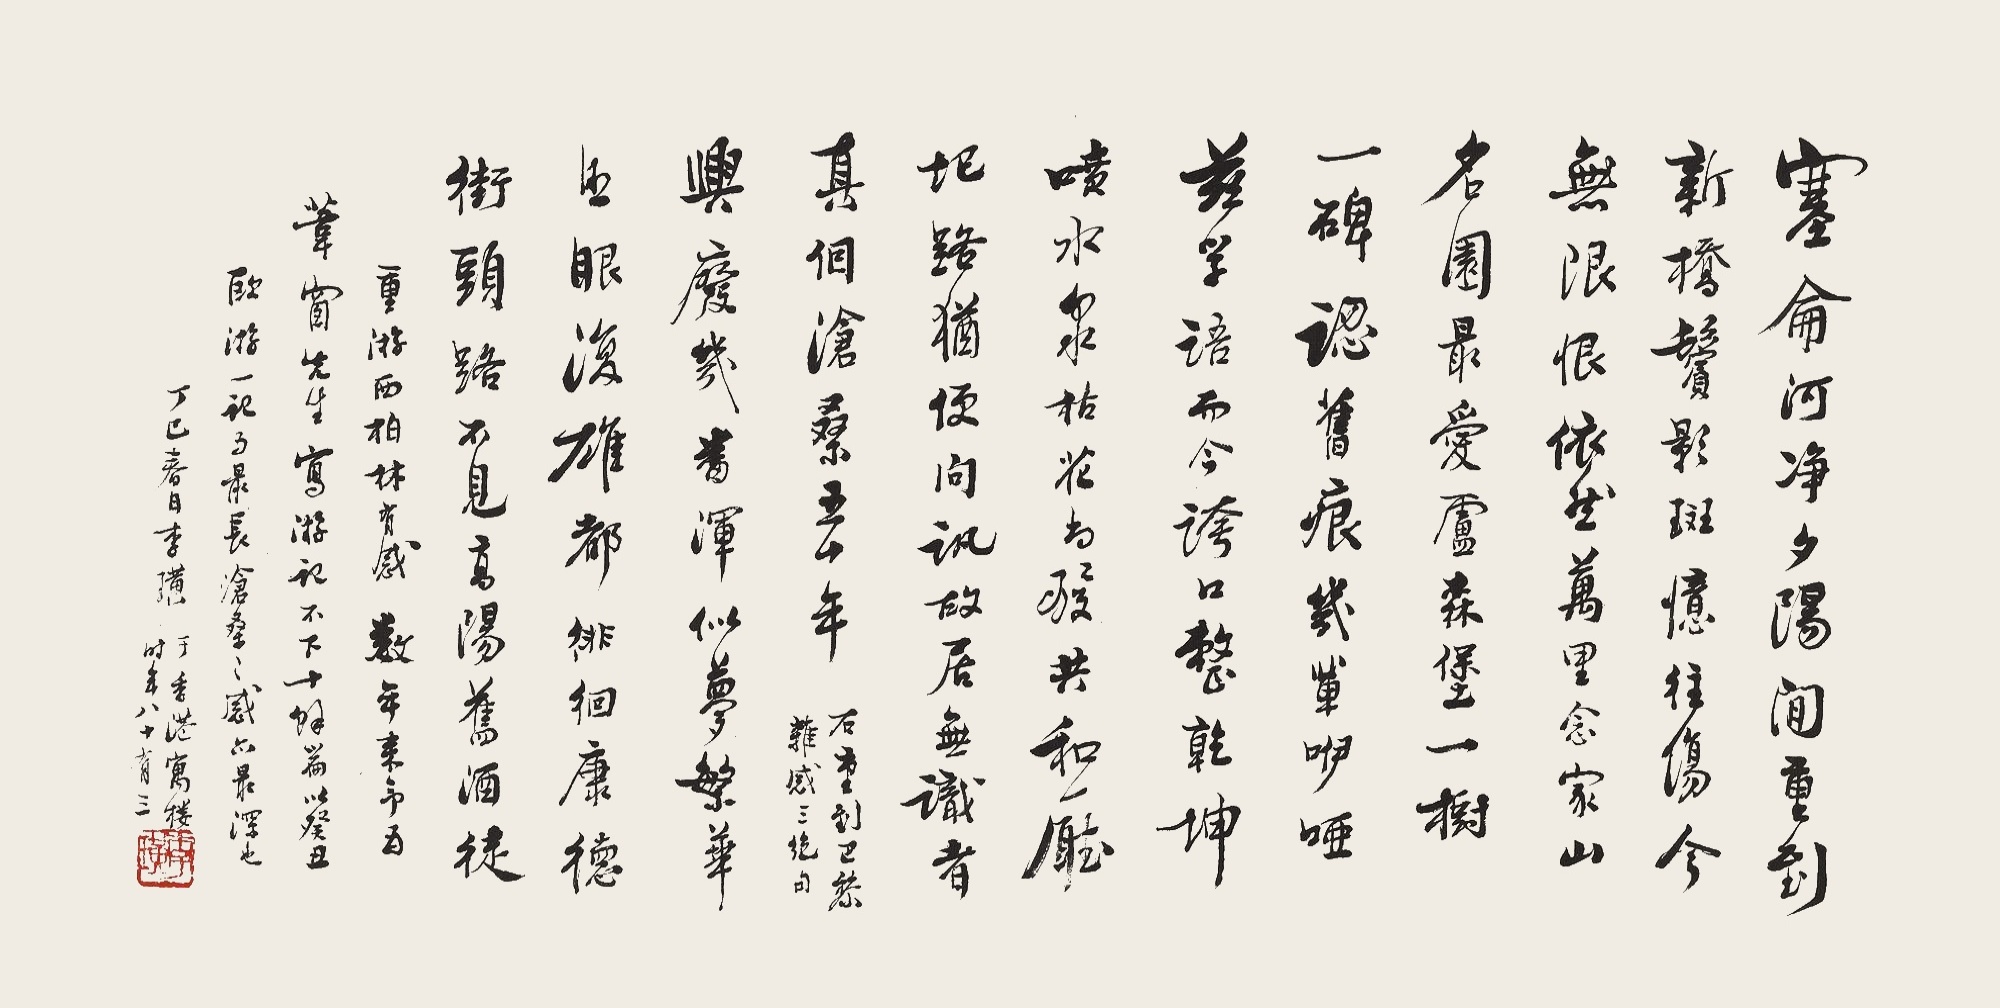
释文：塞仑河净夕阳间，重到新桥鬓影斑。忆往伤今无限恨，依然万里念家山。名园最爱卢森堡，一树一碑认旧痕。几辈咿哑兹学语，而今夸口整乾坤。喷水泉枯花尚发，共和厅圯路犹便。问讯故居无识者，真个沧桑五十年。右重到巴黎杂感三绝句。兴废几番浑似梦，繁华照眼复雄都。徘徊康德街头路，不见高阳旧酒徒。重游西柏林有感。数年来予为苇窗先生写游记不下十馀篇，以癸丑欧游一记为最长，沧桑之感亦最深也。丁巳春日李璜于香港寓楼，时年八十有三。